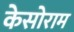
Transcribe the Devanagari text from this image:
केसोराम